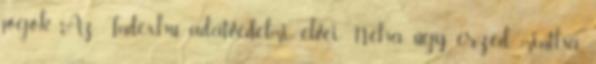
jogok Az Index.hu adatvédelmi elvei Néha úgy érzed, mintha